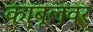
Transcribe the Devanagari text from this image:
काबूलवर